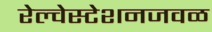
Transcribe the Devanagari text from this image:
रेल्वेस्टेशनजवळ